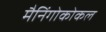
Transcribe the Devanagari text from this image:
मैनिंगोकोकल